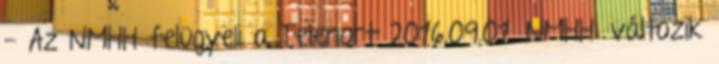
- Az NMHH felügyeli a Telenort 2016.09.01. NMHH: változik